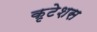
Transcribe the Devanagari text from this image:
कृटेशस